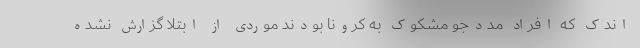
اندک که افراد مددجو مشکوک به کرونا بودند موردی از ابتلا گزارش نشده